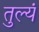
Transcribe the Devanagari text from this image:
तुल्यं